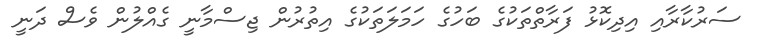
ސަރުކާރާއި އިދިކޮޅު ފަރާތްތަކުގެ ބަހުގެ ހަމަލަތަކުގެ އިތުރުން ޖިސްމާނީ ގެއްލުން ވެސް ދަނީ